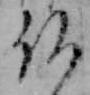
仏